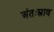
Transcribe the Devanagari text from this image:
अंतःस्त्राव